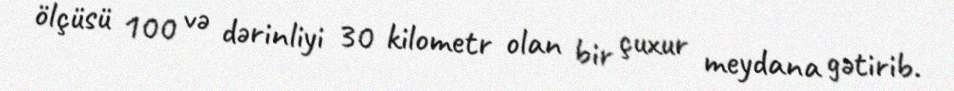
ölçüsü 100 və dərinliyi 30 kilometr olan bir çuxur meydana gətirib.